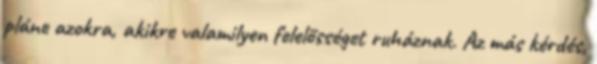
pláne azokra, akikre valamilyen felelősséget ruháznak. Az más kérdés,